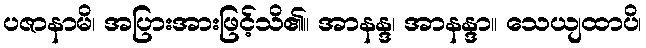
ပဇာနာမိ၊ အပြားအားဖြင့်သိ၏။ အာနန္ဒ၊ အာနန္ဒာ။ သေယျထာပိ၊